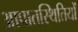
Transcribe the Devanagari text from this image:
आपातस्थितियों